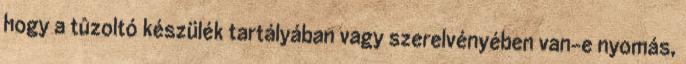
hogy a tûzoltó készülék tartályában vagy szerelvényében van-e nyomás,